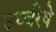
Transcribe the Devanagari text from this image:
उर्ध्वरेषे